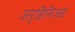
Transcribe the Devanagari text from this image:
अर्हिनिअस